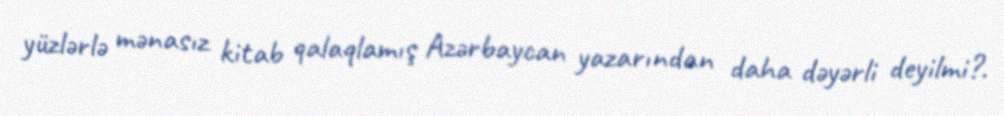
yüzlərlə mənasız kitab qalaqlamış Azərbaycan yazarından daha dəyərli deyilmi?.